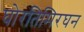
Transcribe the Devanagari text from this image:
घोरतिमिरघन